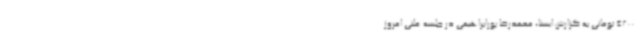
4200 تومانی به گزارش ایسنا، محمدرضا پورابراهیمی در جلسه علنی امروز